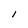
Character: l